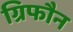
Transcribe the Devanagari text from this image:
ग्रिफौन